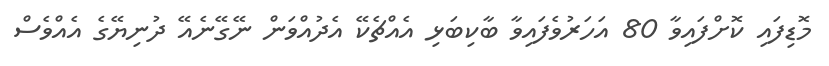
މޮޑިފައި ކޮށްފައިވާ 80 އަހަރުވެފައިވާ ބާކިބަޅި އެއްޗެކޭ އެދުއްވަން ނޭގޭނެއޭ ދުނިޔޭގެ އެއްވެސް